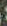
: